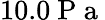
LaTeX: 10.0\mathrm{~P~a~}